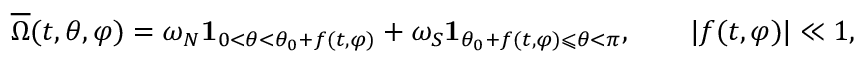
\overline { { \Omega } } ( t , \theta , \varphi ) = \omega _ { N } \mathbf { 1 } _ { 0 < \theta < \theta _ { 0 } + f ( t , \varphi ) } + \omega _ { S } \mathbf { 1 } _ { \theta _ { 0 } + f ( t , \varphi ) \leqslant \theta < \pi } , \qquad | f ( t , \varphi ) | \ll 1 ,